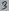
Text: 3